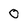
Character: 0